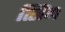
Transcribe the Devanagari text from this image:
त्सिंग